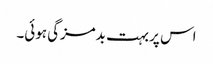
اس پر بہت بدمزگی ہوئی۔